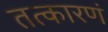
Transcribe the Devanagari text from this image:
तत्कारणं